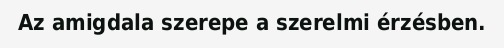
Az amigdala szerepe a szerelmi érzésben.